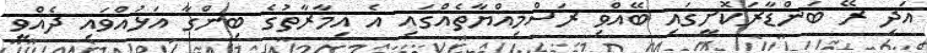
އަދި ރޭ ބަންޑާރަކޮށީގައި ބޭއްވި ރަސްމިއްޔާތެއްގައި އެ އިމާރާތުގެ ބިންގާ އަޅުއްވައި ދެއްވީ